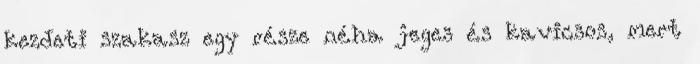
kezdeti szakasz egy része néha jeges és kavicsos, mert